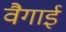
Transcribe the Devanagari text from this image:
वैगाई